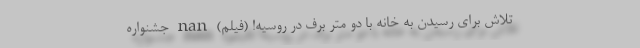
تلاش برای رسیدن به خانه با دو متر برف در روسیه! (فیلم) nan جشنواره